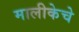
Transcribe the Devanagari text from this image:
मालीकेचे